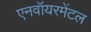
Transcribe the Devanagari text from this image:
एनवॉयरमेंटल